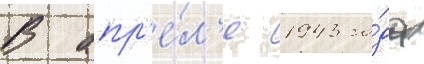
В апр'е́л'е 1943 го́да